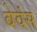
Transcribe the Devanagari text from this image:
बेवंस